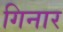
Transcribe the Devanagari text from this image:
गिनार